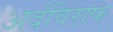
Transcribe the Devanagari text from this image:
अर्दविराफ